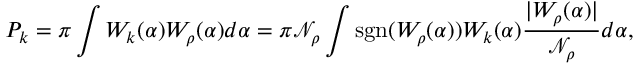
P _ { k } = \pi \int W _ { k } ( \alpha ) W _ { \rho } ( \alpha ) d \alpha = \pi \mathcal { N } _ { \rho } \int \mathrm { s g n } ( W _ { \rho } ( \alpha ) ) W _ { k } ( \alpha ) \frac { | W _ { \rho } ( \alpha ) | } { \mathcal { N } _ { \rho } } d \alpha ,